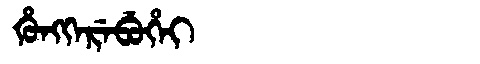
Manchu: ᡥᡠᠩᡴᡝᡵᡝᠪᡠᡥᡝᡳ
Romanization: HUNGKEREBUHEI